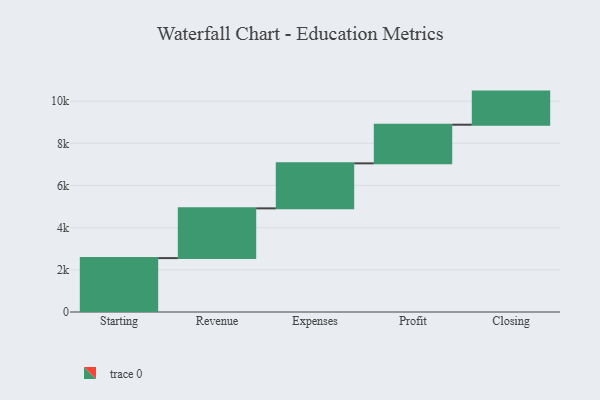
{"axis": {"x": "Step", "y": "Value"}, "legend": [""], "data": [{"x": "Starting", "y": 2556.0, "type": ""}, {"x": "Revenue", "y": 2359.0, "type": ""}, {"x": "Expenses", "y": 2134.0, "type": ""}, {"x": "Profit", "y": 1833.0, "type": ""}, {"x": "Closing", "y": 1570.0, "type": ""}]}